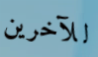
للآخرين